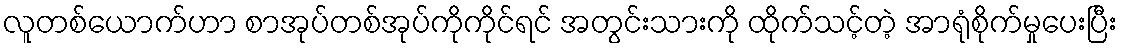
လူတစ်ယောက်ဟာ စာအုပ်တစ်အုပ်ကိုကိုင်ရင် အတွင်းသားကို ထိုက်သင့်တဲ့ အာရုံစိုက်မှုပေးပြီး